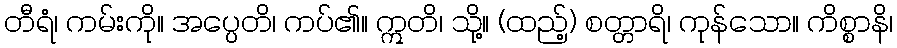
တီရံ၊ ကမ်းကို။ အပ္ပေတိ၊ ကပ်၏။ ဣတိ၊ သို့။ (ထည့်) စတ္တာရိ၊ ကုန်သော။ ကိစ္စာနိ၊